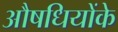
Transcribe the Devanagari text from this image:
औषधियोंके